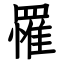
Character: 罹